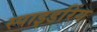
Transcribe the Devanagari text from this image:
स्पाइडरिंग